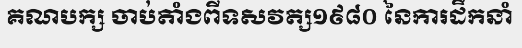
គណបក្ស ចាប់តាំងពីទសវត្ស១៩៨០ នៃការដឹកនាំ